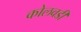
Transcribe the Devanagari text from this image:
कोलवडी